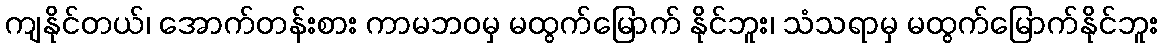
ကျနိုင်တယ်၊ အောက်တန်းစား ကာမဘဝမှ မထွက်မြောက် နိုင်ဘူး၊ သံသရာမှ မထွက်မြောက်နိုင်ဘူး